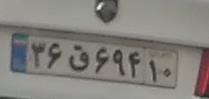
۳۶ق۶۹۴۱۰